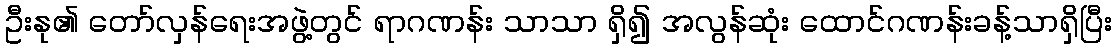
ဦးနု၏ တော်လှန်ရေးအဖွဲ့တွင် ရာဂဏန်း သာသာ ရှိ၍ အလွန်ဆုံး ထောင်ဂဏန်းခန့်သာရှိပြီး